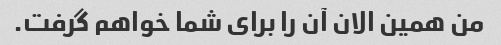
من همین الان آن را برای شما خواهم گرفت.